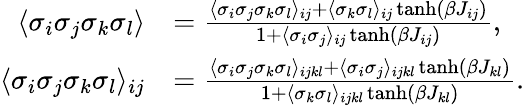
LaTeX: \begin{array}{rl}{\langle\sigma_{i}\sigma_{j}\sigma_{k}\sigma_{l}\rangle}&{=\frac{\langle\sigma_{i}\sigma_{j}\sigma_{k}\sigma_{l}\rangle_{ij}+\langle\sigma_{k}\sigma_{l}\rangle_{ij}\operatorname{tanh}(\beta J_{ij})}{1+\langle\sigma_{i}\sigma_{j}\rangle_{ij}\operatorname{tanh}(\beta J_{ij})},}\\ {\langle\sigma_{i}\sigma_{j}\sigma_{k}\sigma_{l}\rangle_{ij}}&{=\frac{\langle\sigma_{i}\sigma_{j}\sigma_{k}\sigma_{l}\rangle_{ijkl}+\langle\sigma_{i}\sigma_{j}\rangle_{ijkl}\operatorname{tanh}(\beta J_{kl})}{1+\langle\sigma_{k}\sigma_{l}\rangle_{ijkl}\operatorname{tanh}(\beta J_{kl})}.}\end{array}